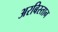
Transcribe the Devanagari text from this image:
अरबिस्तान